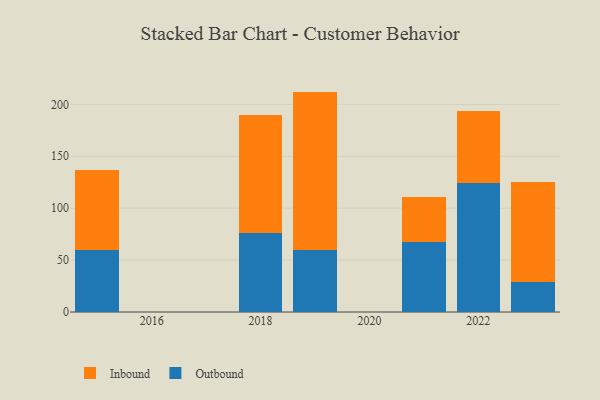
{"axis": {"x": "Year", "y": "Churn Rate (%)"}, "legend": ["Inbound", "Outbound"], "data": [{"x": "2021", "y": 67.4, "type": "Outbound"}, {"x": "2021", "y": 43.2, "type": "Inbound"}, {"x": "2015", "y": 59.8, "type": "Outbound"}, {"x": "2015", "y": 77.3, "type": "Inbound"}, {"x": "2019", "y": 59.6, "type": "Outbound"}, {"x": "2019", "y": 152.7, "type": "Inbound"}, {"x": "2018", "y": 76.4, "type": "Outbound"}, {"x": "2018", "y": 113.6, "type": "Inbound"}, {"x": "2023", "y": 28.9, "type": "Outbound"}, {"x": "2023", "y": 96.7, "type": "Inbound"}, {"x": "2022", "y": 124.2, "type": "Outbound"}, {"x": "2022", "y": 69.6, "type": "Inbound"}]}